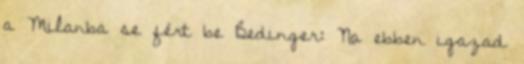
a Milanba se fért be Bedinger: Na ebben igazad